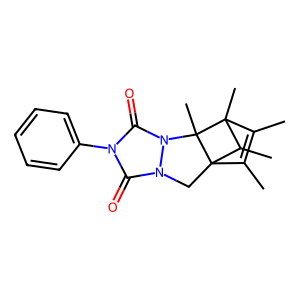
SMILES: CC1=C(C)C23Cn4c(=O)n(-c5ccccc5)c(=O)n4C2(C)C1(C)C3C
Inhibits HIV replication: No